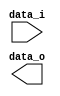
module Shift_Left_1(
    input  		[32-1:0] data_i,
    output wire [32-1:0] data_o
    );


endmodule